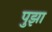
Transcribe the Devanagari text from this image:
पुझा